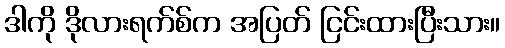
ဒါကို ဒိုလားရက်စ်က အပြတ် ငြင်းထားပြီးသား။